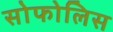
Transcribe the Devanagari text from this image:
सोफोलिस